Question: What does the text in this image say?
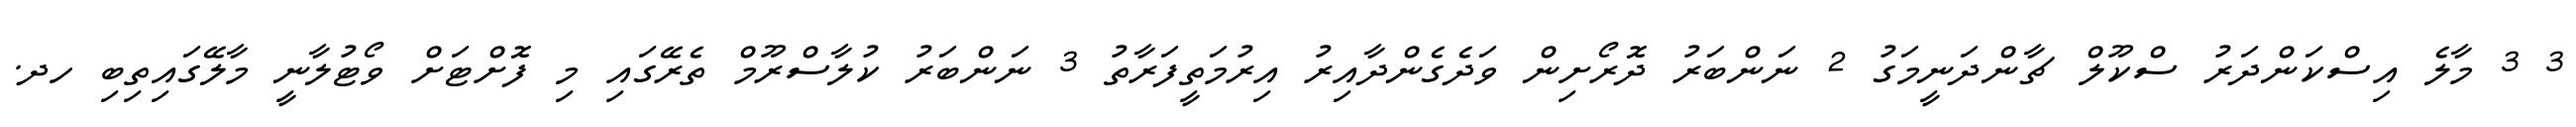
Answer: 3 3 މާލެ އިސްކަންދަރު ސްކޫލް ޗާންދަނީމަގު 2 ނަންބަރު ދޮރޯށިން ވަދެގެންދާއިރު އިރުމަތީފަރާތު 3 ނަންބަރު ކުލާސްރޫމް ތެރޭގައި މި ފޮށްޓަށް ވޯޓުލާނީ މާލޭގައިތިބި ހދ.